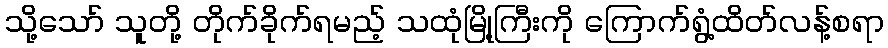
သို့သော် သူတို့ တိုက်ခိုက်ရမည့် သထုံမြို့ကြီးကို ကြောက်ရွံ့ထိတ်လန့်စရာ